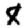
Digit: 8